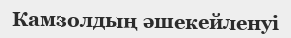
Камзолдың әшекейленуі